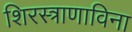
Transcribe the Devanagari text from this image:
शिरस्त्राणाविना